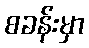
စခန်းမှာ